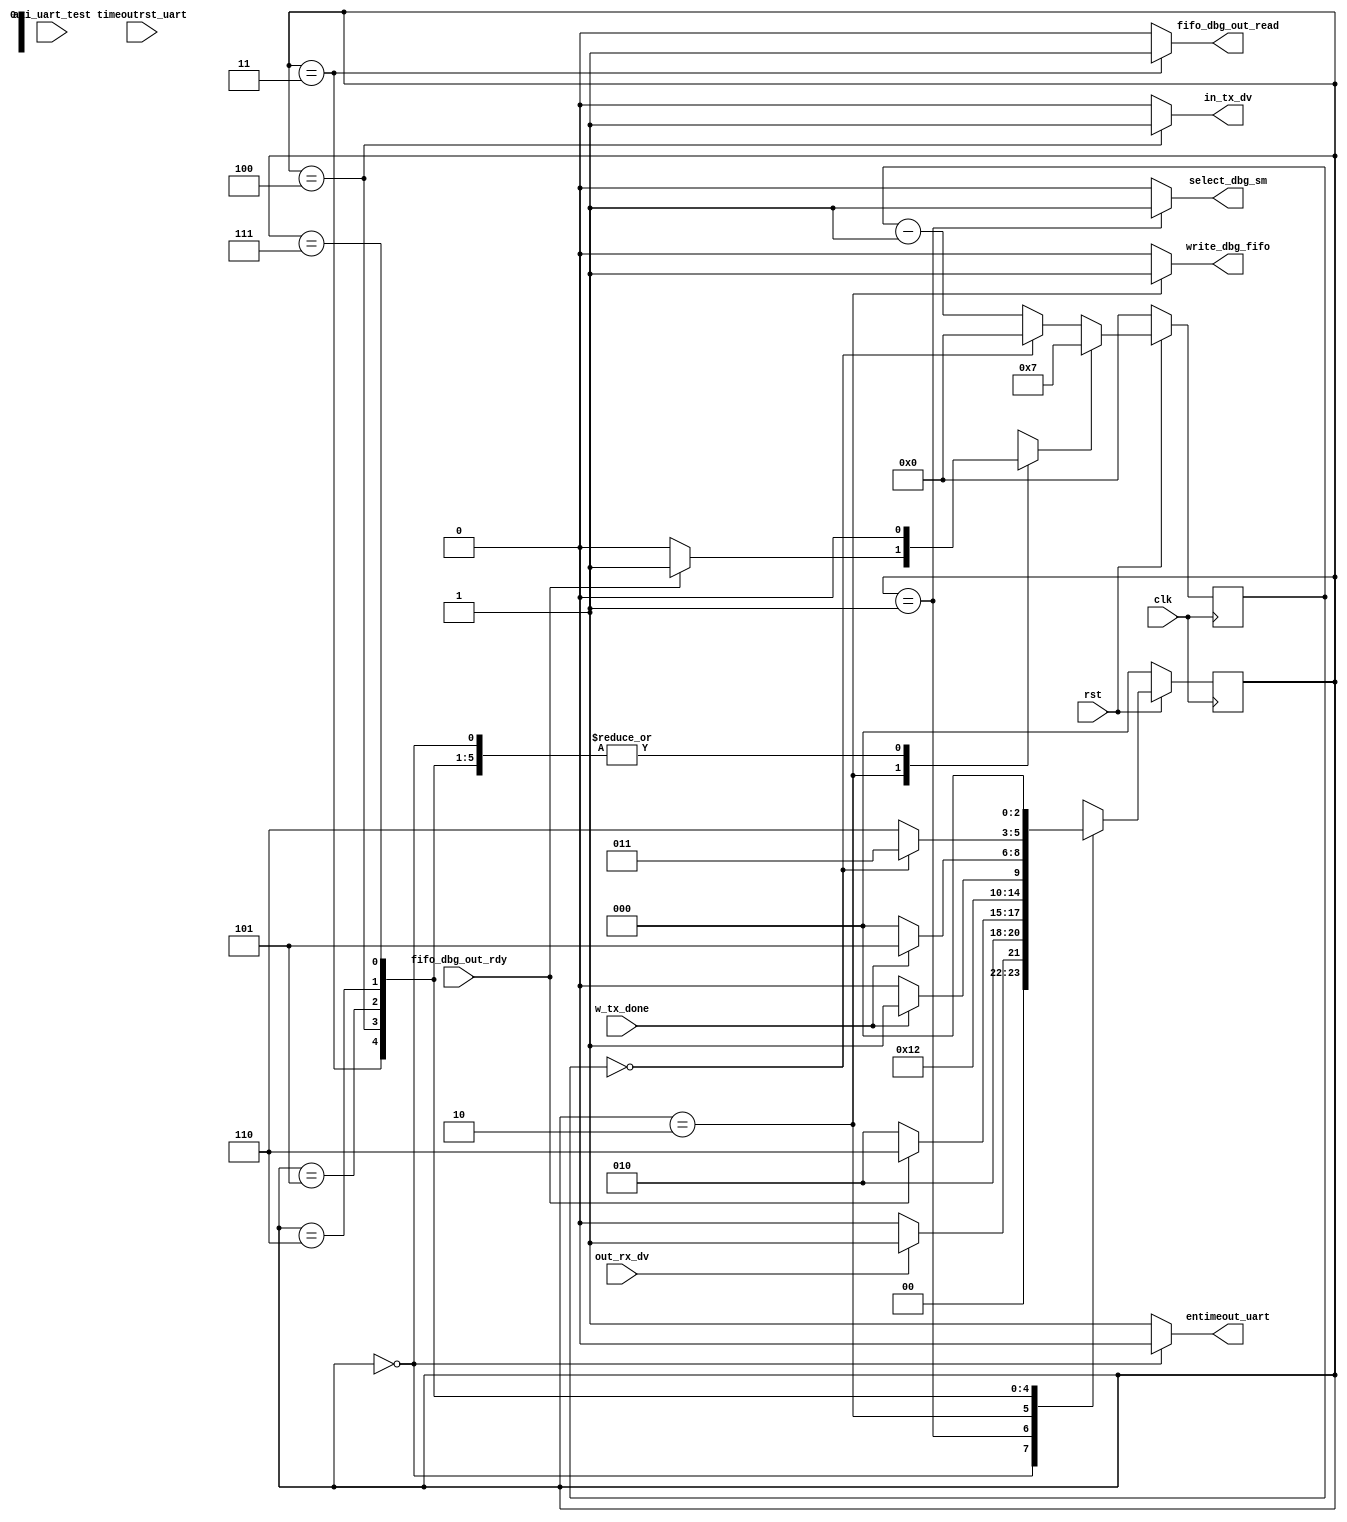
//
// Module mopshub_lib.debug_uart_sm.fsm
//
// Created:
//          by - dcs.dcs (chipdev2.physik.uni-wuppertal.de)
//          at - 14:11:07 07/13/23
//
// Generated by Mentor Graphics' HDL Designer(TM) 2019.4 (Build 4)
//
`resetall
`timescale 1ns/10ps
module debug_uart_sm( 
   // Port Declarations
   input   wire      axi_uart_test, 
   input   wire      clk, 
   input   wire      fifo_dbg_out_rdy, 
   input   wire      out_rx_dv, 
   input   wire      rst, 
   input   wire      timeoutrst_uart,    // timeout reset signal to the state machine in case bridge controller is not respoding for a specified time
   input   wire      w_tx_done, 
   output  reg       entimeout_uart, 
   output  reg       fifo_dbg_out_read, 
   output  reg       in_tx_dv, 
   output  reg       select_dbg_sm, 
   output  reg       write_dbg_fifo
);


// Internal Declarations


// Module Declarations

// State encoding
parameter 
          ST_Reset      = 3'd0,
          ST_SEL_SM     = 3'd1,
          ST_write_fifo = 3'd2,
          ST_read_fifo  = 3'd3,
          ST_write_uart = 3'd4,
          ST_write_done = 3'd5,
          ST_wait       = 3'd6,
          ST_rst_uart   = 3'd7;

reg [2:0] current_state, next_state;

// Wait State Signals
reg [3:0] csm_timer;
reg [3:0] csm_next_timer;
reg       csm_timeout;
reg       csm_to_ST_wait;

//-----------------------------------------------------------------
// Next State Block for machine csm
//-----------------------------------------------------------------
always @(
   csm_timeout, 
   current_state, 
   fifo_dbg_out_rdy, 
   out_rx_dv, 
   w_tx_done
)
begin : next_state_block_proc
   // Default assignments to Wait State entry flags
   csm_to_ST_wait = 1'b0;
   case (current_state) 
      ST_Reset: begin
         if (out_rx_dv ==1'b1)
            next_state = ST_SEL_SM;
         else
            next_state = ST_Reset;
      end
      ST_SEL_SM: begin
         next_state = ST_write_fifo;
      end
      ST_write_fifo: begin
         if (fifo_dbg_out_rdy ==1'b1) begin
            next_state = ST_wait;
            csm_to_ST_wait = 1'b1;
         end
         else
            next_state = ST_write_fifo;
      end
      ST_read_fifo: begin
         next_state = ST_write_uart;
      end
      ST_write_uart: begin
         if (w_tx_done ==1'b1)
            next_state = ST_write_done;
         else
            next_state = ST_write_uart;
      end
      ST_write_done: begin
         if (w_tx_done ==1'b0)
            next_state = ST_Reset;
         else
            next_state = ST_write_done;
      end
      ST_wait: begin
         if (csm_timeout)
            next_state = ST_read_fifo;
         else
            next_state = ST_wait;
      end
      ST_rst_uart: begin
         next_state = ST_Reset;
      end
      default: 
         next_state = ST_Reset;
   endcase
end // Next State Block

//-----------------------------------------------------------------
// Output Block for machine csm
//-----------------------------------------------------------------
always @(
   current_state
)
begin : output_block_proc
   // Default Assignment
   entimeout_uart = 1;
   fifo_dbg_out_read = 0;
   in_tx_dv = 0;
   select_dbg_sm = 0;
   write_dbg_fifo = 0;

   // Combined Actions
   case (current_state) 
      ST_Reset: begin
         entimeout_uart = 0;
      end
      ST_SEL_SM: begin
         select_dbg_sm = 1'b1;
      end
      ST_write_fifo: begin
         write_dbg_fifo = 1'b1;
      end
      ST_read_fifo: begin
         fifo_dbg_out_read =1'b1;
      end
      ST_write_uart: begin
         in_tx_dv = 1'b1;
      end
   endcase
end // Output Block

//-----------------------------------------------------------------
// Clocked Block for machine csm
//-----------------------------------------------------------------
always @(
   posedge clk
) 
begin : clocked_block_proc
   if (!rst) begin
      current_state <= ST_Reset;
      csm_timer <= 4'd0;
   end
   else 
   begin
      current_state <= next_state;
      csm_timer <= csm_next_timer;
   end
end // Clocked Block

//-----------------------------------------------------------------
// Wait state logic for machine csm
//-----------------------------------------------------------------
always @(
   csm_timer,
   csm_to_ST_wait
)
begin : csm_wait_block_proc
   csm_timeout = (csm_timer == 4'd0);
   if (csm_to_ST_wait == 1'b1) begin
      csm_next_timer = 4'd7;  //no cycles(8)-1=7
   end
   else begin
      csm_next_timer = (csm_timeout)? 4'd0: (csm_timer - 4'd1);
   end
end // Wait State Block
endmodule // debug_uart_sm